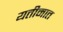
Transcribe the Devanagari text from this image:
यतीमात